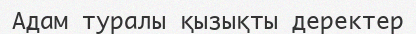
Адам туралы қызықты деректер